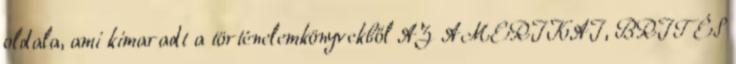
oldala, ami kimaradt a történelemkönyvekből AZ AMERIKAI, BRIT ÉS